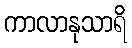
ကာလာနုသာရိ